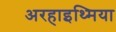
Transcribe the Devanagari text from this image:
अरहाइथ्मिया